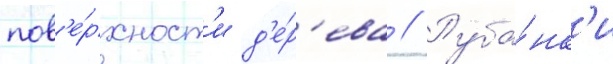
пов'е́рхност'и д'е́р'ева // Руба́нк'и